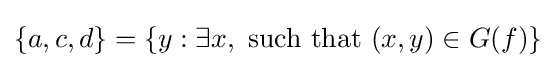
\{a,c,d\}=\{y:\exists x,{\text{ such that }}(x,y)\in G(f)\}